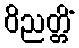
ဝိညတ္တိံ